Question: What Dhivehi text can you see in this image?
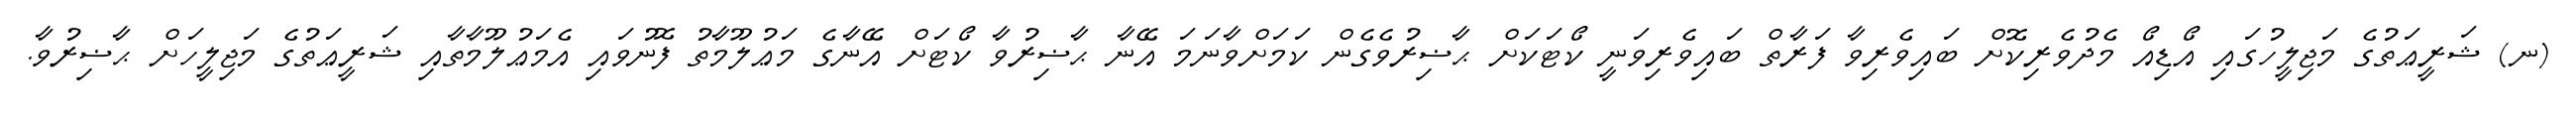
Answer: (ނ) ޝަރީޢަތުގެ މަޖިލީހުގައި އޯޑިއޯ މެދުވެރިކޮށް ބައިވެރިވާ ފަރާތް ބައިވެރިވަނީ ކޯޓަކަށް ޙާޟިރުވެގެން ކަމަށްވާނަމަ އޭނާ ޙާޟިރުވާ ކޯޓަށް އޭނާގެ މަޢުލޫމާތު ފޮނުވައި އެމަޢުލޫމާތާއި ޝަރީޢަތުގެ މަޖިލީހަށް ޙާޟިރުވާ.